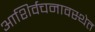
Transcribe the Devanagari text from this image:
आशिर्वचनावस्थेत